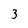
Character: 3